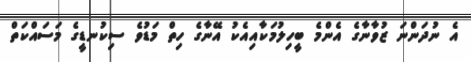
އެ ނުދަންނަ ޒުވާނާގެ އެންމެ ބީހިލުމަކާއިއެކު އޭނާގެ ހިތް މަޑުވެ ސިކުނޑީގެ މަސައްކަތް